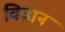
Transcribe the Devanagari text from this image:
विन्नान